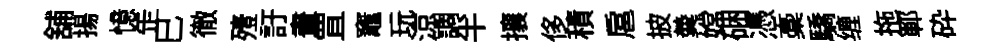
舖揚憶𦈢巳徹殪訏晝罝竈玩涼調半攘侈積扈披羮嫦硱憑稾驕缠拖鄆砕